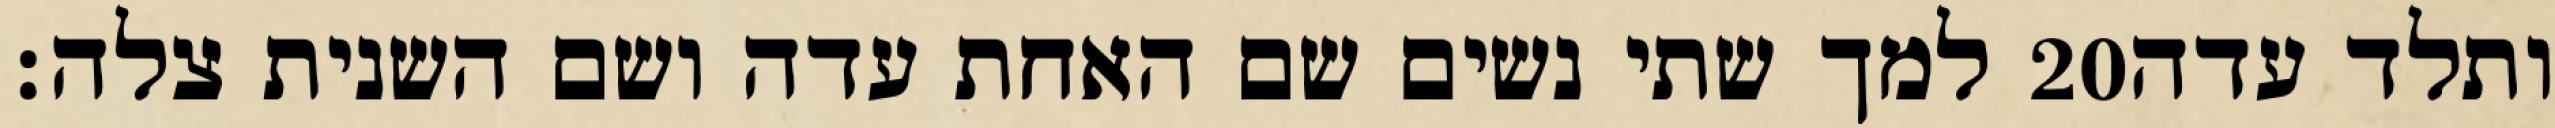
למך שתי נשים שם האחת עדה ושם השנית צלה׃ ‎20‏ ותלד עדה